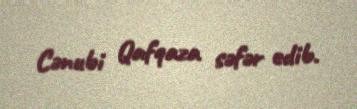
Cənubi Qafqaza səfər edib.